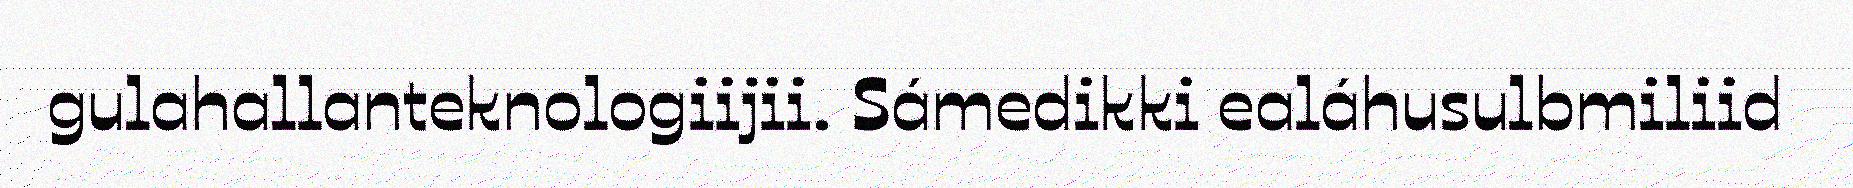
gulahallanteknologiijii. Sámedikki ealáhusulbmiliid